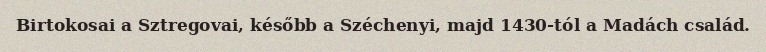
Birtokosai a Sztregovai, később a Széchenyi, majd 1430-tól a Madách család.